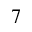
7